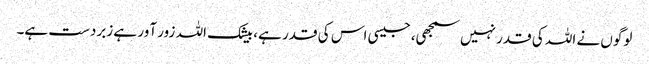
لوگوں نے اللہ کی قدر نہیں سمجھی، جیسی اس کی قدر ہے، بیشک اللہ زور آور ہے زبردست ہے۔